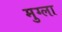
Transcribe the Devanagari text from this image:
मुग्ला